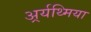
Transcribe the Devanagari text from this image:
अर्र्यथ्मिया